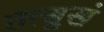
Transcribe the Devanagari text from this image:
तत्सुखं